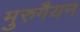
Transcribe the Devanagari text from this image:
मुरुगैयन